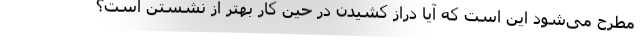
مطرح می‌شود این است که آیا دراز کشیدن در حین کار بهتر از نشستن است؟